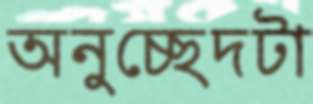
অনুচ্ছেদটা